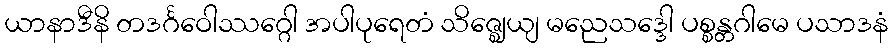
ယာနာဒီနိ တဒင်္ဂဝေါဿဂ္ဂေါ အပါပုရေတံ သိဇ္ဈေယျ မညေသဒ္ဒေါ ပစ္စန္တဂါမေ ပသာဒနံ